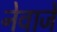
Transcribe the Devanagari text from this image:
नेवाजे